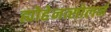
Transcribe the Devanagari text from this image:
ह्योहेनत्सोलर्न